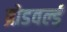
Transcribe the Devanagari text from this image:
ब्रोडवर्ल्ड